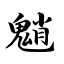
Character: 魈